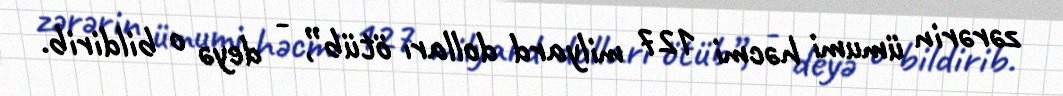
zərərin ümumi həcmi 127 milyard dolları ötüb”, - deyə o bildirib.